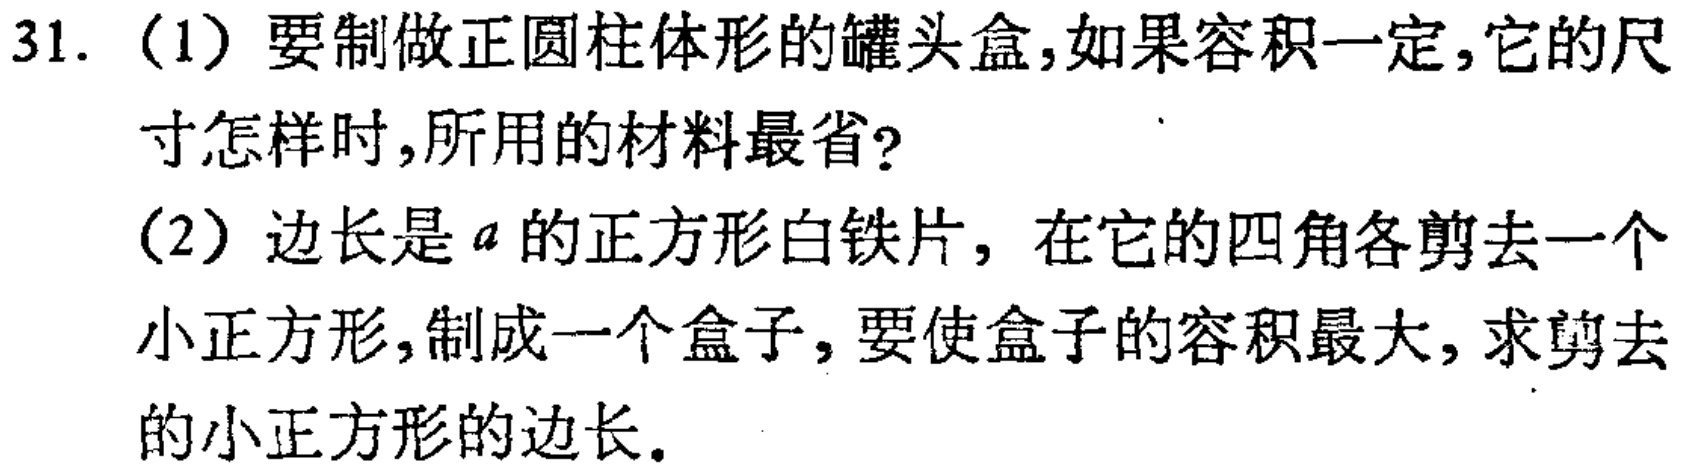
31. （1）要制做正圆柱体形的罐头盒，如果容积一定，它的尺寸怎样时，所用的材料最省？
（2）边长是\(a\)的正方形白铁片，在它的四角各剪去一个小正方形，制成一个盒子，要使盒子的容积最大，求剪去的小正方形的边长。